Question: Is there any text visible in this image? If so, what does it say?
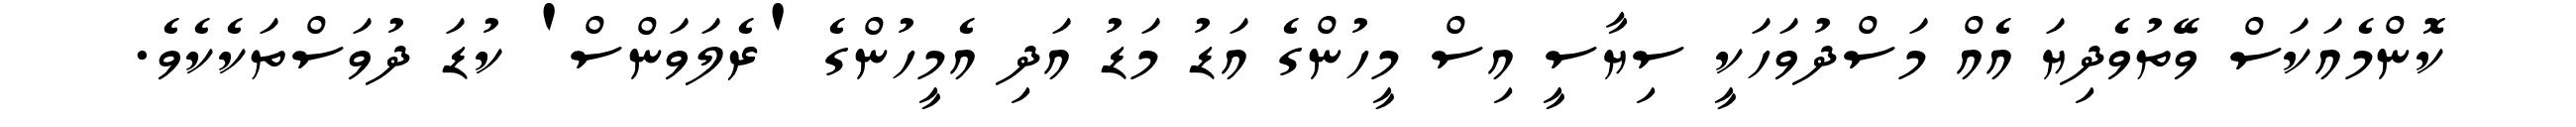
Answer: ކޮންމެއަކަސް ވޭތުވެދިޔަ އެއް މަސްދުވަހަކީ ސިޔާސީ އިސް މީހުންގެ އަޑު މަޑު އަދި އެމީހުންގެ 'ރެލަވަންސް' ކުޑަ ދުވަސްތަކެކެވެ.